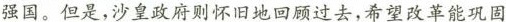
强国。但是，沙皇政府则怀旧地回顾过去，希望改革能巩固